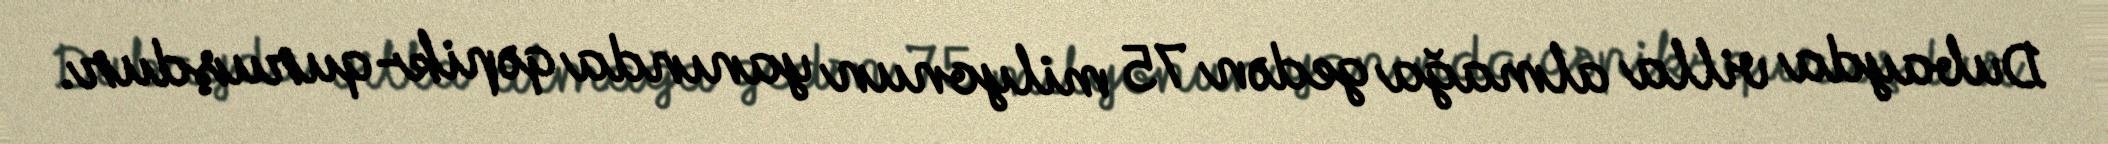
Dubayda villa almağa gedən 75 milyonun yanında qəpik-quruşdur.